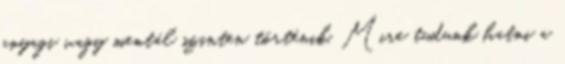
anyagi vagy mentál szinten történik. Mire tudunk hatni a